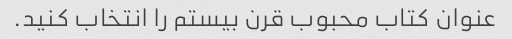
عنوان کتاب محبوب قرن بیستم را انتخاب کنید.